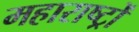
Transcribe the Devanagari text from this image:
महाराष्ट्रों